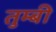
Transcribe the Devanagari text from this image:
तुम्बी